38_143685_box_Incident_Summaries_173-233
Agency: Department of War
Page 109
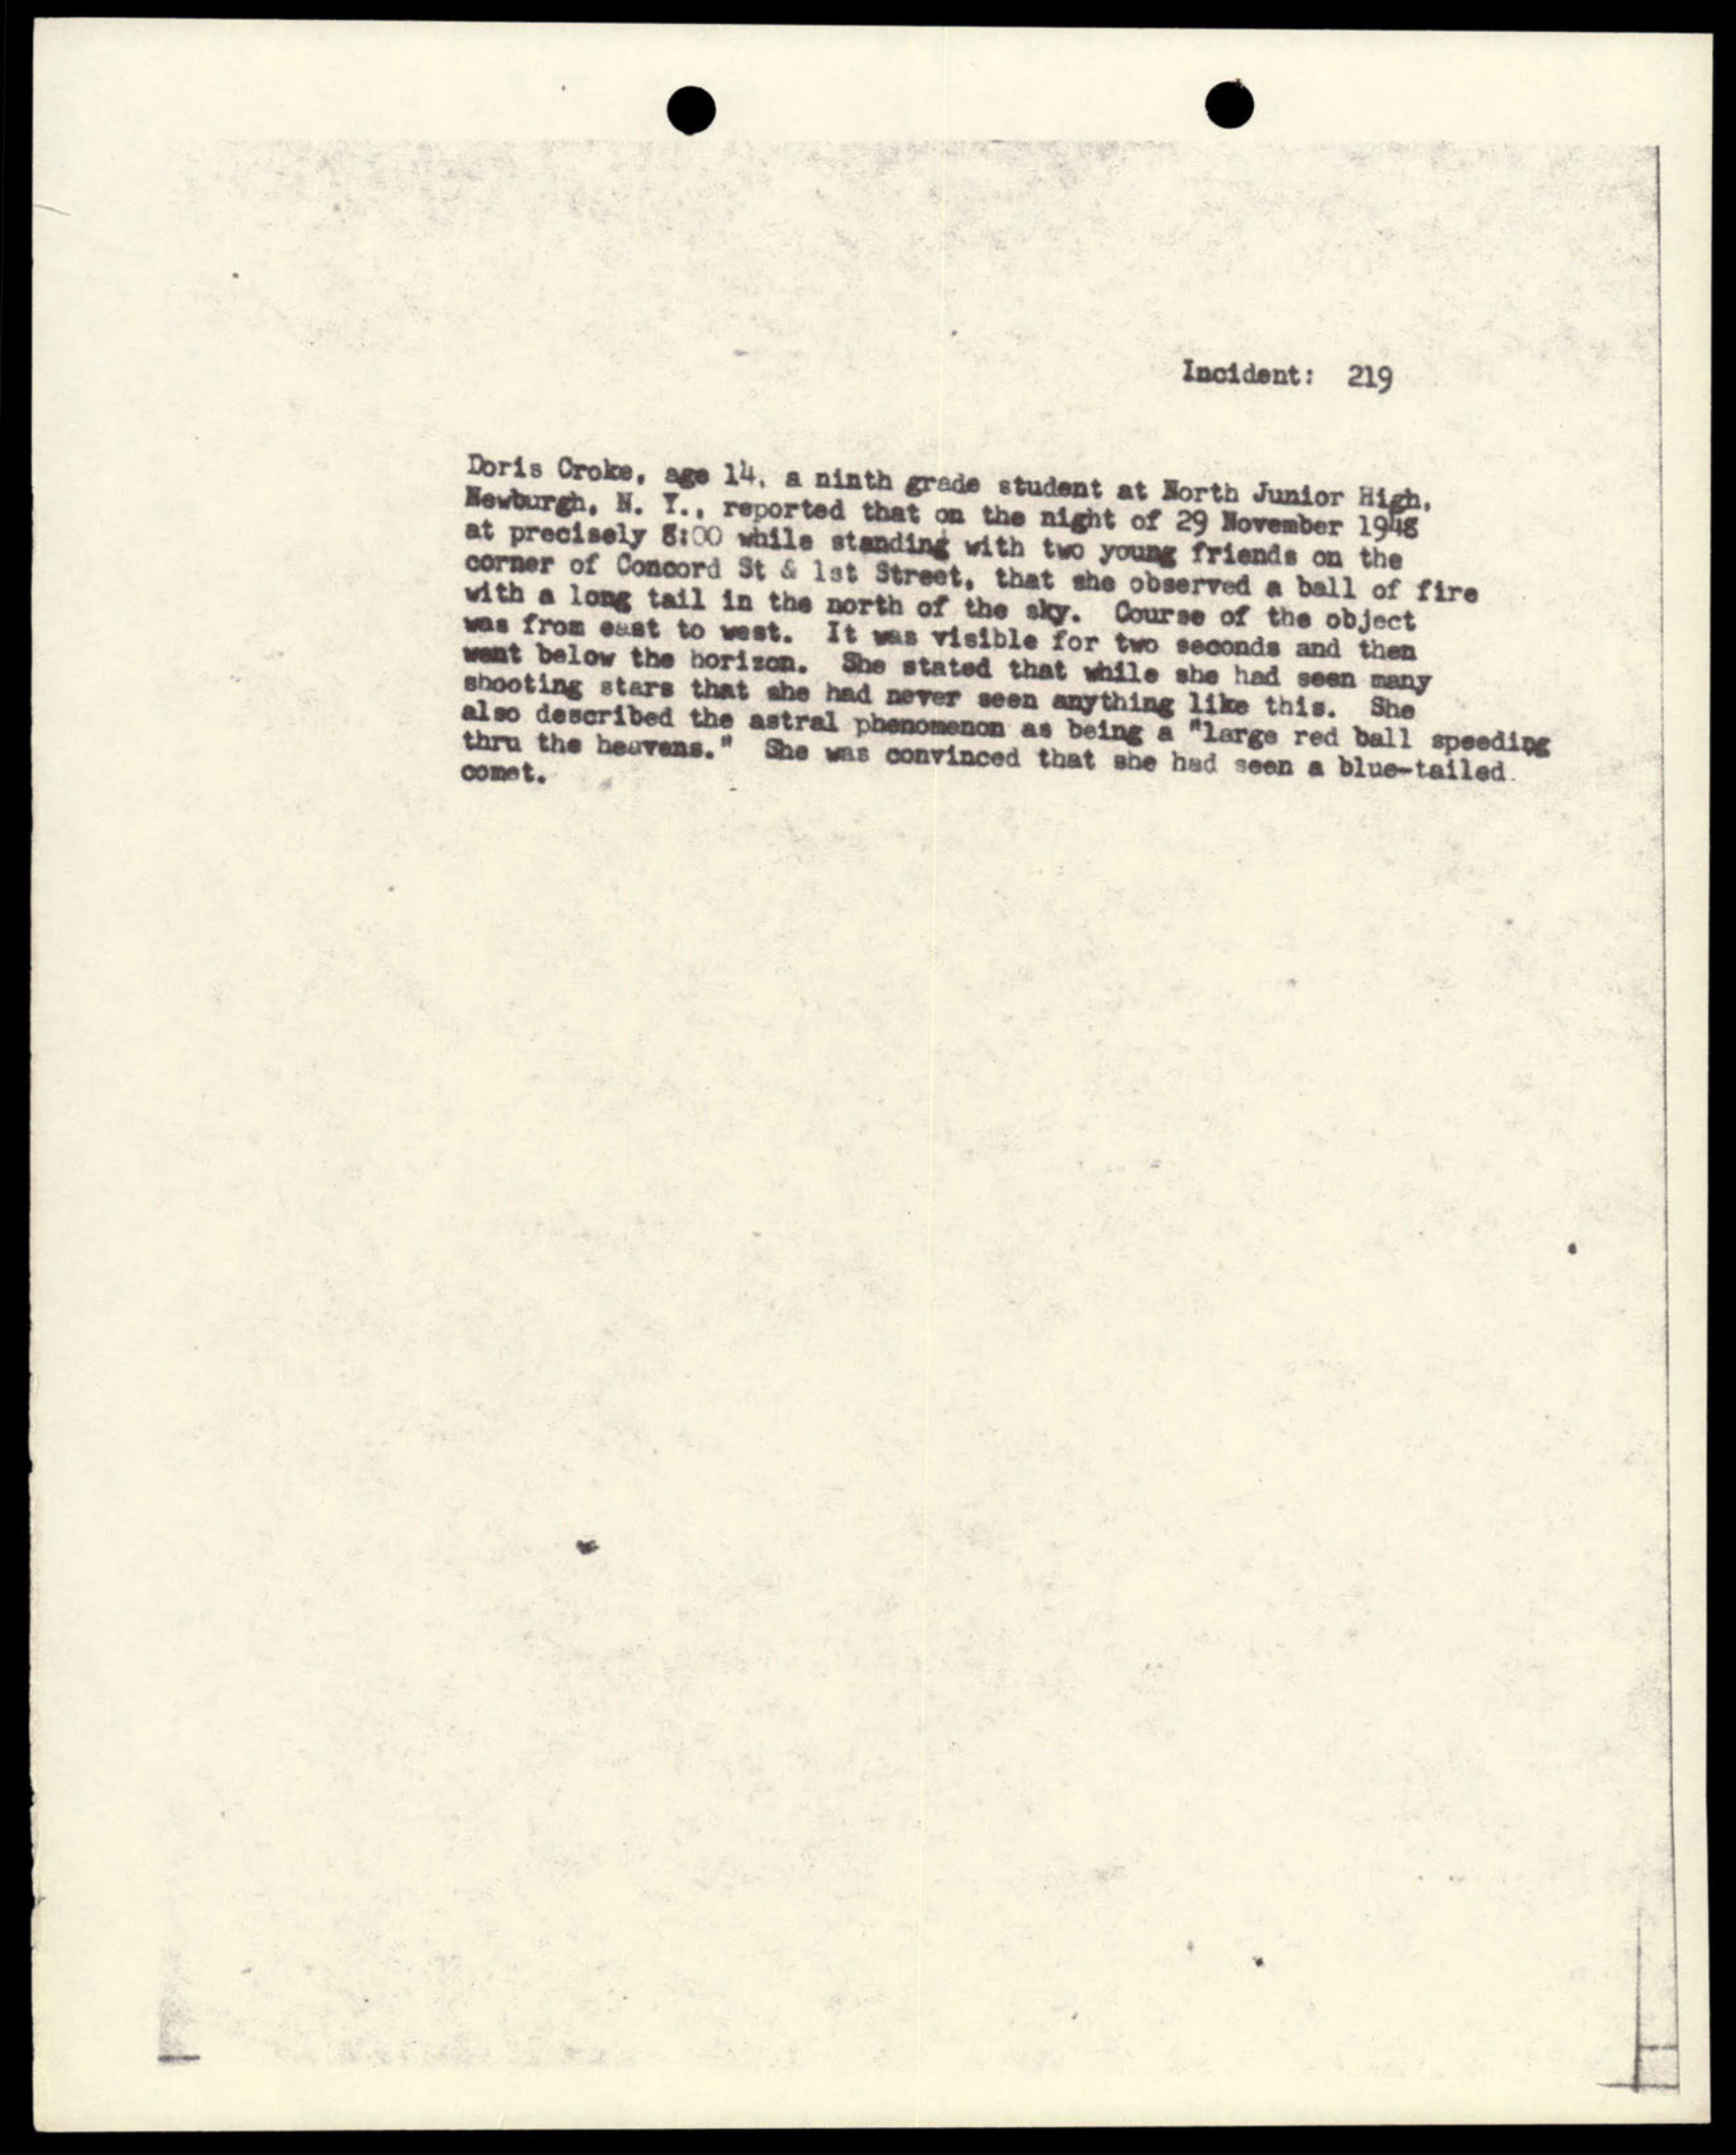